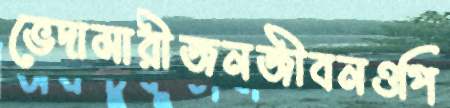
ভেদামারীজনজীবনওপি